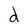
Character: d